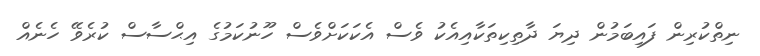
ނިތްކުރިން ފައިބަމުން ދިޔަ ދާތިކިތަކާއިއެކު ވެސް އެކަކަށްވެސް ހޫނުކަމުގެ އިޙްސާސް ކުރެވޭ ހެނެއް